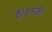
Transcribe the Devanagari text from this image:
हैं।इसकी